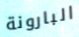
البارونة